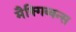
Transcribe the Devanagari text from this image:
मैक्गिब्बन्स